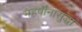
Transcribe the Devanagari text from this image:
महर्षींनासुद्धा